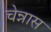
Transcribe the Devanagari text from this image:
चेन्नास